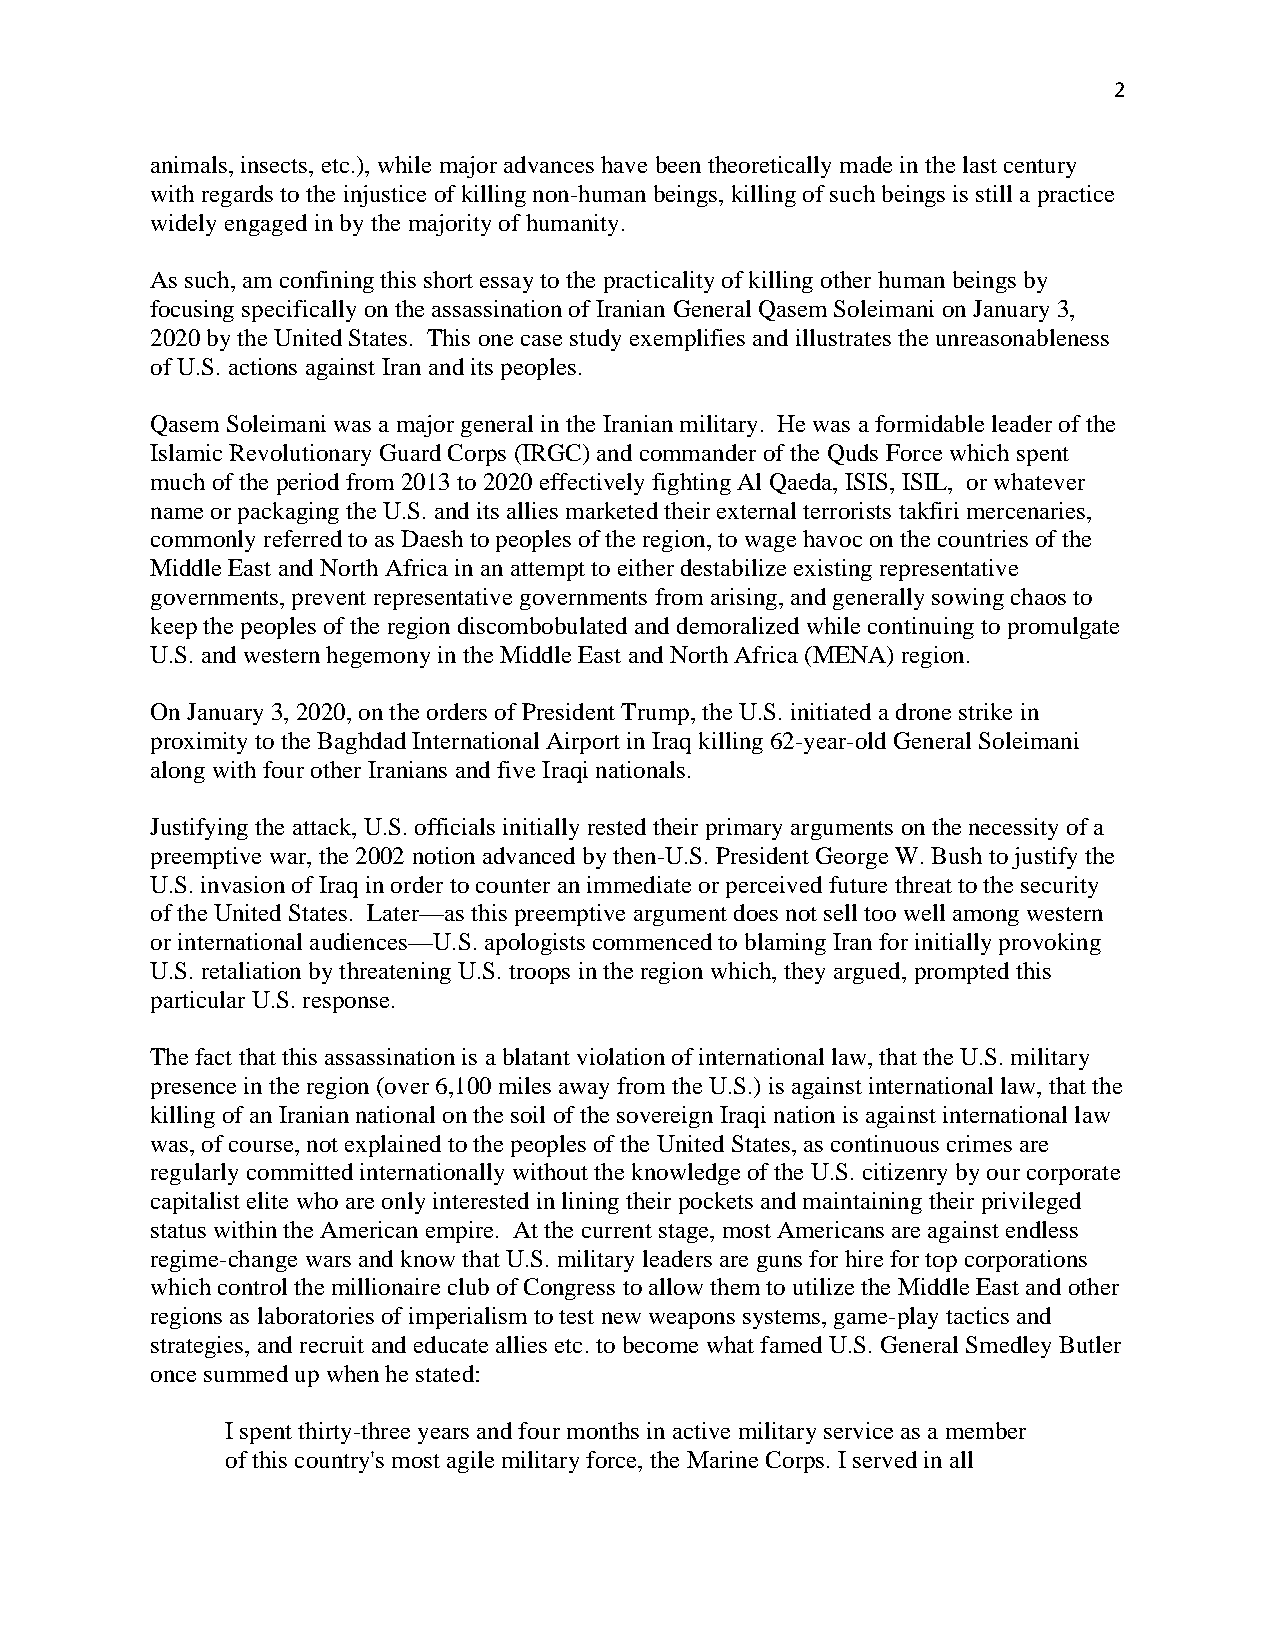
2
 animals, insects, etc.), while major advances have been theoretically made in the last century
 with regards to the injustice of killing non-human beings, killing of such beings is still a practice
 widely engaged in by the majority of humanity.
 As such, am confining this short essay to the practicality of killing other human beings by
 focusing specifically on the assassination of Iranian General Qasem Soleimani on January 3,
 2020 by the United States. This one case study exemplifies and illustrates the unreasonableness
 of U.S. actions against Iran and its peoples.
 Qasem Soleimani was a major general in the Iranian military. He was a formidable leader of the
 Islamic Revolutionary Guard Corps (IRGC) and commander of the Quds Force which spent
 much of the period from 2013 to 2020 effectively fighting Al Qaeda, ISIS, ISIL, or whatever
 name or packaging the U.S. and its allies marketed their external terrorists takfiri mercenaries,
 commonly referred to as Daesh to peoples of the region, to wage havoc on the countries of the
 Middle East and North Africa in an attempt to either destabilize existing representative
 governments, prevent representative governments from arising, and generally sowing chaos to
 keep the peoples of the region discombobulated and demoralized while continuing to promulgate
 U.S. and western hegemony in the Middle East and North Africa (MENA) region.
 On January 3, 2020, on the orders of President Trump, the U.S. initiated a drone strike in
 proximity to the Baghdad International Airport in Iraq killing 62-year-old General Soleimani
 along with four other Iranians and five Iraqi nationals.
 Justifying the attack, U.S. officials initially rested their primary arguments on the necessity of a
 preemptive war, the 2002 notion advanced by then-U.S. President George W. Bush to justify the
 U.S. invasion of Iraq in order to counter an immediate or perceived future threat to the security
 of the United States. Later—as this preemptive argument does not sell too well among western
 or international audiences—U.S. apologists commenced to blaming Iran for initially provoking
 U.S. retaliation by threatening U.S. troops in the region which, they argued, prompted this
 particular U.S. response.
 The fact that this assassination is a blatant violation of international law, that the U.S. military
 presence in the region (over 6,100 miles away from the U.S.) is against international law, that the
 killing of an Iranian national on the soil of the sovereign Iraqi nation is against international law
 was, of course, not explained to the peoples of the United States, as continuous crimes are
 regularly committed internationally without the knowledge of the U.S. citizenry by our corporate
 capitalist elite who are only interested in lining their pockets and maintaining their privileged
 status within the American empire. At the current stage, most Americans are against endless
 regime-change wars and know that U.S. military leaders are guns for hire for top corporations
 which control the millionaire club of Congress to allow them to utilize the Middle East and other
 regions as laboratories of imperialism to test new weapons systems, game-play tactics and
 strategies, and recruit and educate allies etc. to become what famed U.S. General Smedley Butler
 once summed up when he stated:
 I spent thirty-three years and four months in active military service as a member
 of this country's most agile military force, the Marine Corps. I served in all